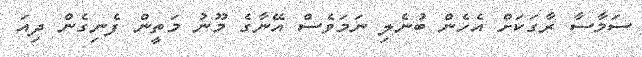
ސަމާސާ ރާގަކަށް އެހެން ބުނެލި ނަމަވެސް އޭނާގެ މޫނު މަތީން ފެނިގެން ދިއަ